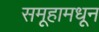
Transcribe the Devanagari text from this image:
समूहामधून